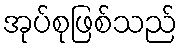
အုပ်စုဖြစ်သည်